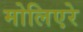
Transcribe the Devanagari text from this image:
मोलिएरे